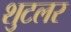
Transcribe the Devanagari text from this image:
शुटलर